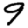
Digit: 9